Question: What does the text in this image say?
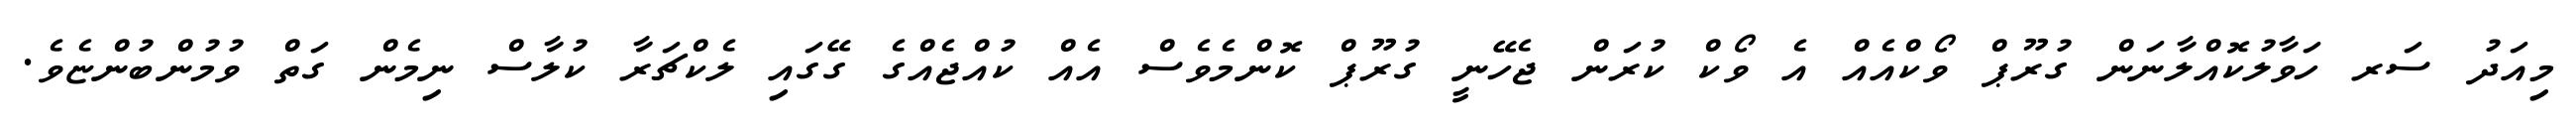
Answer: މިއަދު ސަރ ހަވާލުކޮއްލާނަން ގުރޫޕް ވޯކްއެއް އެ ވޯކް ކުރަން ޖެހޭނީ ގުރޫޕް ކޮންމެވެސް އެއް ކުއްޖެއްގެ ގޭގައި ލެކްޗަރާ ކުލާސް ނިމެން ގަތް ވުމުންބުންޏެވެ.